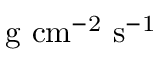
\mathrm { g \ c m ^ { - 2 } \ s ^ { - 1 } }